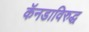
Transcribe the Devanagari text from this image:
कॅनडाविरुद्ध